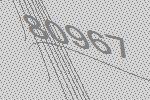
80967